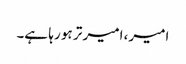
امیر، امیر تر ہو رہا ہے۔